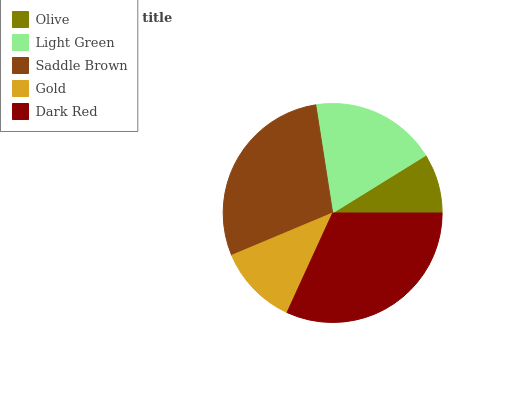
| Olive | Light Green | Saddle Brown | Gold | Dark Red |
 | --- | --- | --- | --- | --- |
 | 8.82% | 18.6% | 28.8% | 11.9% | 31.9% |